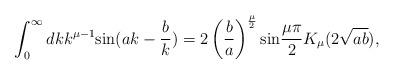
LaTeX: \begin{align*}\int_0^{\infty}dkk^{{\mu}-1}{\rm sin}(ak-\frac{b}{k})=2\left(\frac{b}{a}\right)^{\frac{\mu}{2}}{\rm sin}\frac{{\mu}{\pi}}{2}K_{\mu}(2\sqrt{ab}),\end{align*}